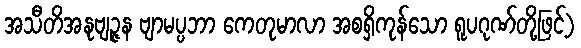
အသီတိအနုဗျဉ္ဇန ဗျာမပ္ပဘာ ကေတုမာလာ အစရှိကုန်သော ရူပဂုဏ်တို့ဖြင့်)